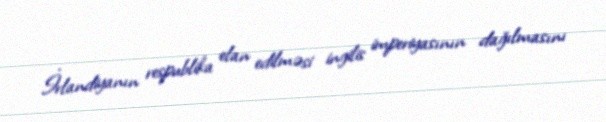
İrlandiyanın respublika elan edilməsi ingilis imperiyasının dağılmasını